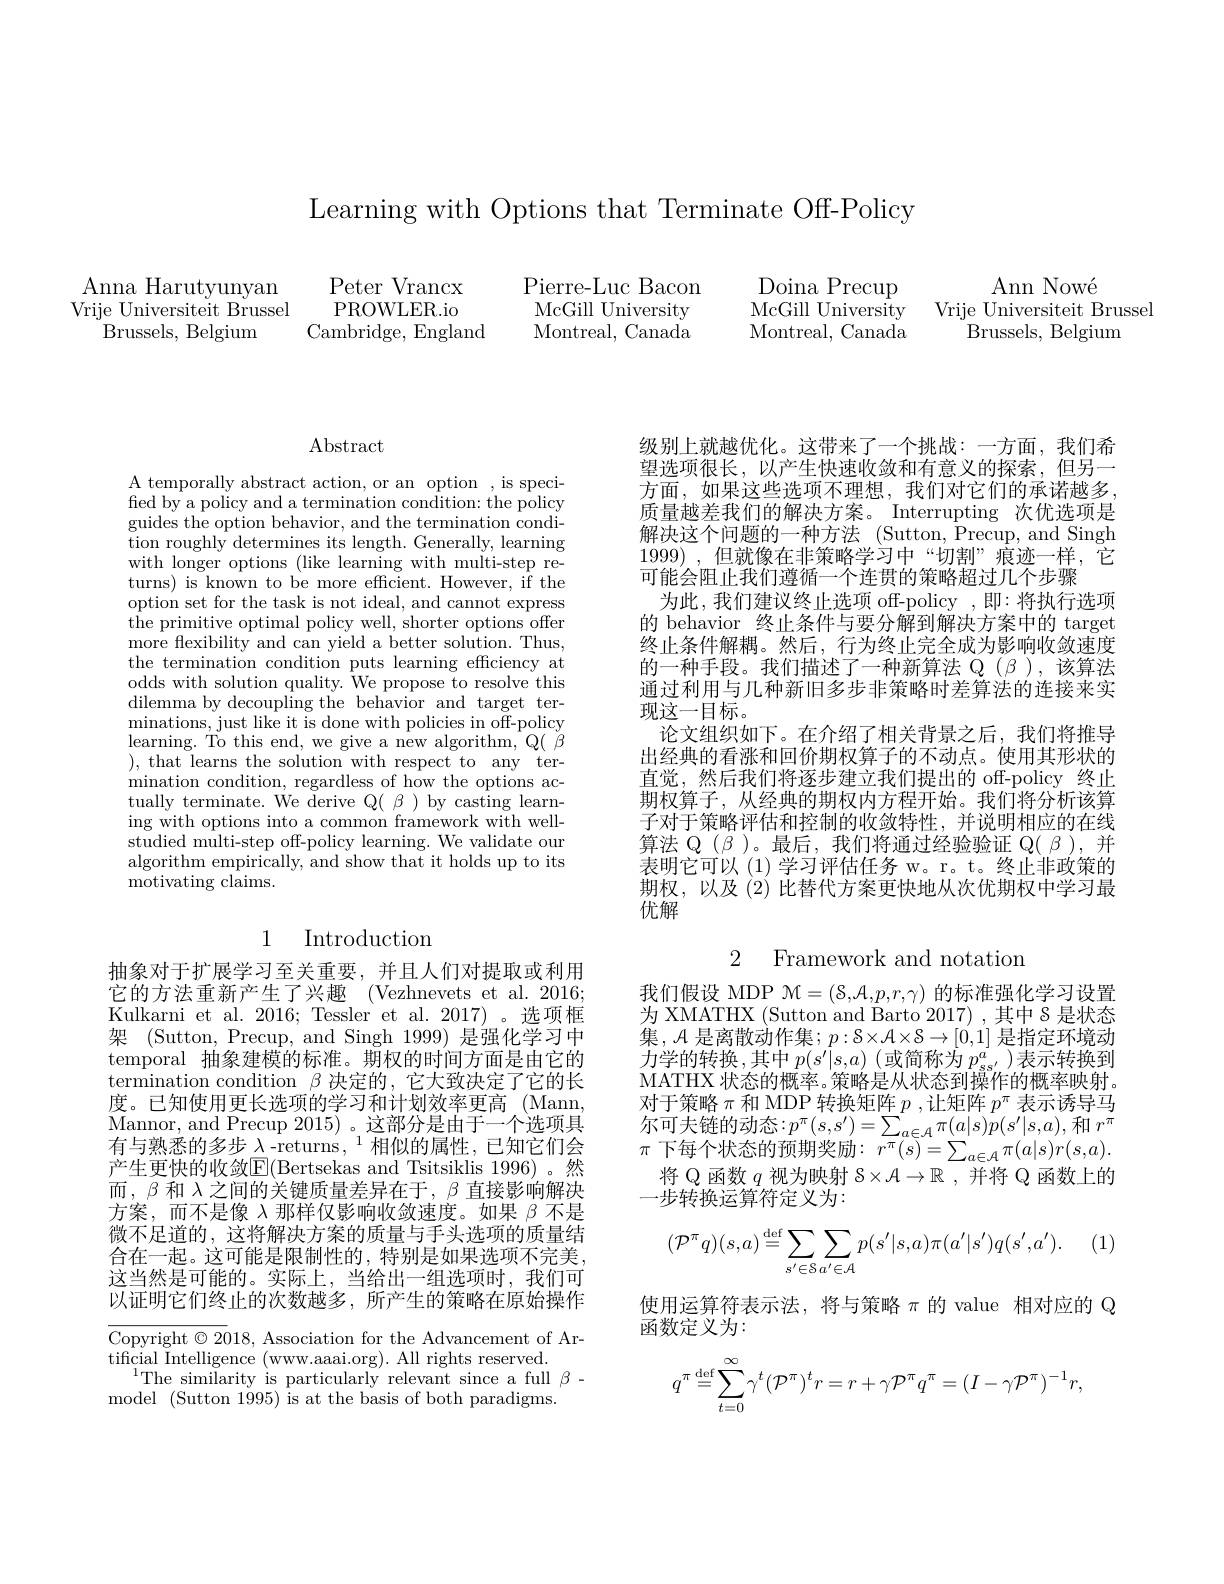
Learning with Options that Terminate Off-Policy

Anna Harutyunyan
Peter Vrancx
Pierre-Luc Bacon
PROWLER.io
McGill University
Vrije Universiteit Brussel
Montreal, Canada
Brussels, Belgium
Cambridge, England

Doina Precup McGill University Montreal, Canada

Ann Now$\' {e}$
Vrije Universiteit Brussel
${\mathrm{Brussels,~Belgium}}$

$\operatorname{Abstract}$

A temporally abstract action, or an option , is specified by a policy and a termination condition: the policy guides the option behavior, and the termination condi- tion roughly determines its length. Generally, learning with longer options (like learning with multi-step returns) is known to be more efficient. However, if the option set for the task is not ideal, and cannot express the primitive optimal policy well, shorter options offer more flexibility and can yield a better solution. Thus, the termination condition puts learning efficiency at odds with solution quality. We propose to resolve this dilemma by decoupling the behavior and target terminations, just like it is done with policies in off- policy $\operatorname*{learning.}$To this end, we give a new algorithm, Q( $\beta$ ), that learns the solution with respect to any termination condition, regardless of how the options actually terminate. We derive Q( $\beta_{c})$ by casting learning with options into a common framework with wellstudied multi-step off-policy learning. We validate our algorithm empirically, and show that it holds up to its motivating claims.

## 1 Introduction

抽象对于扩展学习至关重要，并且人们对提取或利用它的方法重新产生了兴趣(Vezhnevets et al.2016; Kulkarni et al. 2016; Tessler et al. 2017) 。选项框架 (Sutton, Precup, and Singh 1999) 是强化学习中temporal 抽象建模的标准。期权的时间方面是由它的termination condition $\beta$决定的，它大致决定了它的长度。已知使用更长选项的学习和计划效率更高 (Mann, Mannor, and Precup 2015) 。这部分是由于一个选项具有与熟悉的多步$\lambda$ -returns , $^1$相似的属性，已知它们会产生更快的收敛$\boxed{\mathrm{F}}($Bertsekas and Tsitsiklis 1996)。然而，$\beta$和$\lambda$之间的关键质量差异在于，$\beta$直接影响解决方案，而不是像$\lambda$那样仅影响收敛速度。如果$\beta$不是微不足道的，这将解决方案的质量与手头选项的质量结合在一起。这可能是限制性的，特别是如果选项不完美， 这当然是可能的。实际上，当给出一组选项时，我们可以证明它们终止的次数越多，所产生的策略在原始操作

$\overline{\text{Copyright }\odot20}18$, Association for the Advancement of Ar-
tificial Intelligence ( www. aaai. org) . All rights reserved.
$^{1}$The similarity is particularly relevant since a full $\beta-$
model (Sutton 1995) is at the basis of both paradigms.

级别上就越优化。这带来了一个挑战：一方面，我们希望选项很长，以产生快速收敛和有意义的探索，但另一方面，如果这些选项不理想，我们对它们的承诺越多， 质量越差我们的解决方案。Interrupting 次优选项是解决这个问题的一种方法 (Sutton,Precup,and Singh 1999) ,但就像在非策略学习中“切割”痕迹一样，它可能会阻止我们遵循一个连贯的策略超过几个步骤
为此，我们建议终止选项 off-policy,即：将执行选项的 behavior 终止条件与要分解到解决方案中的 target 终止条件解耦。然后，行为终止完全成为影响收敛速度的一种手段。我们描述了一种新算法 Q (β ),该算法通过利用与几种新旧多步非策略时差算法的连接来实现这一目标。
论文组织如下。在介绍了相关背景之后，我们将推导出经典的看涨和回价期权算子的不动点。使用其形状的直觉，然后我们将逐步建立我们提出的 off-policy 终止期权算子，从经典的期权内方程开始。我们将分析该算子对于策略评估和控制的收敛特性，并说明相应的在线算法 Q $(\beta$ )。最后，我们将通过经验验证 Q( $\beta$ ),并表明它可以 (1) 学习评估任务 w。r。t。终止非政策的期权，以及(2)比替代方案更快地从次优期权中学习最优解

2 Framework and notatior

我们假设 MDP $\mathcal{M}=(\mathcal{S},\mathcal{A},p,r,\gamma)$的标准强化学习设置为 XMATHX (Sutton and Barto 2017) , 其中 8 是状态集，$\mathcal{A}$是离散动作集；$p:\mathcal{S}\times\mathcal{A}\times\mathcal{S}\to[0,1]$是指定环境动力学的转换，其中$p(s^\prime|s,a)$(或简称为$p_{ss^{\prime}}^a)$表示转换到MATHX 状态的概率。策略是从状态到操作的概率映射。对于策略$\pi$和 MDP 转换矩阵$p$,让矩阵$p^\pi$表示诱导马尔可夫链的动态：$p^\pi(s,s^{\prime})=\sum_{a\in\mathcal{A}}\pi(a|s)p(s^{\prime}|s,a)$,和$r^\pi$ $\pi$ 下每个状态的预期奖励$:r^\pi(s)=\sum_{a\in\mathcal{A}}\pi(a|s)r(s,a).$
将 Q 函数$q$视为映射$S\times\mathcal{A}\to\mathbb{R}$ ,并将 Q 函数上的
一步转换运算符定义为：
$$(\mathcal{P}^\pi q)(s,a)\stackrel{\text{def}}{=}\sum\limits_{s'\in\mathcal{S}}\sum\limits_{a'\in\mathcal{A}}p(s'|s,a)\pi(a'|s')q(s',a').$$
使用运算符表示法，将与策略$\pi$ 的 value 相对应的 Q
函数定义为：
$$q^\pi\stackrel{\text{def}}{=}\sum\limits_{t=0}^\infty\gamma^t(\mathcal{P}^\pi)^tr=r+\gamma\mathcal{P}^\pi q^\pi=(I-\gamma\mathcal{P}^\pi)^{-1}r,$$